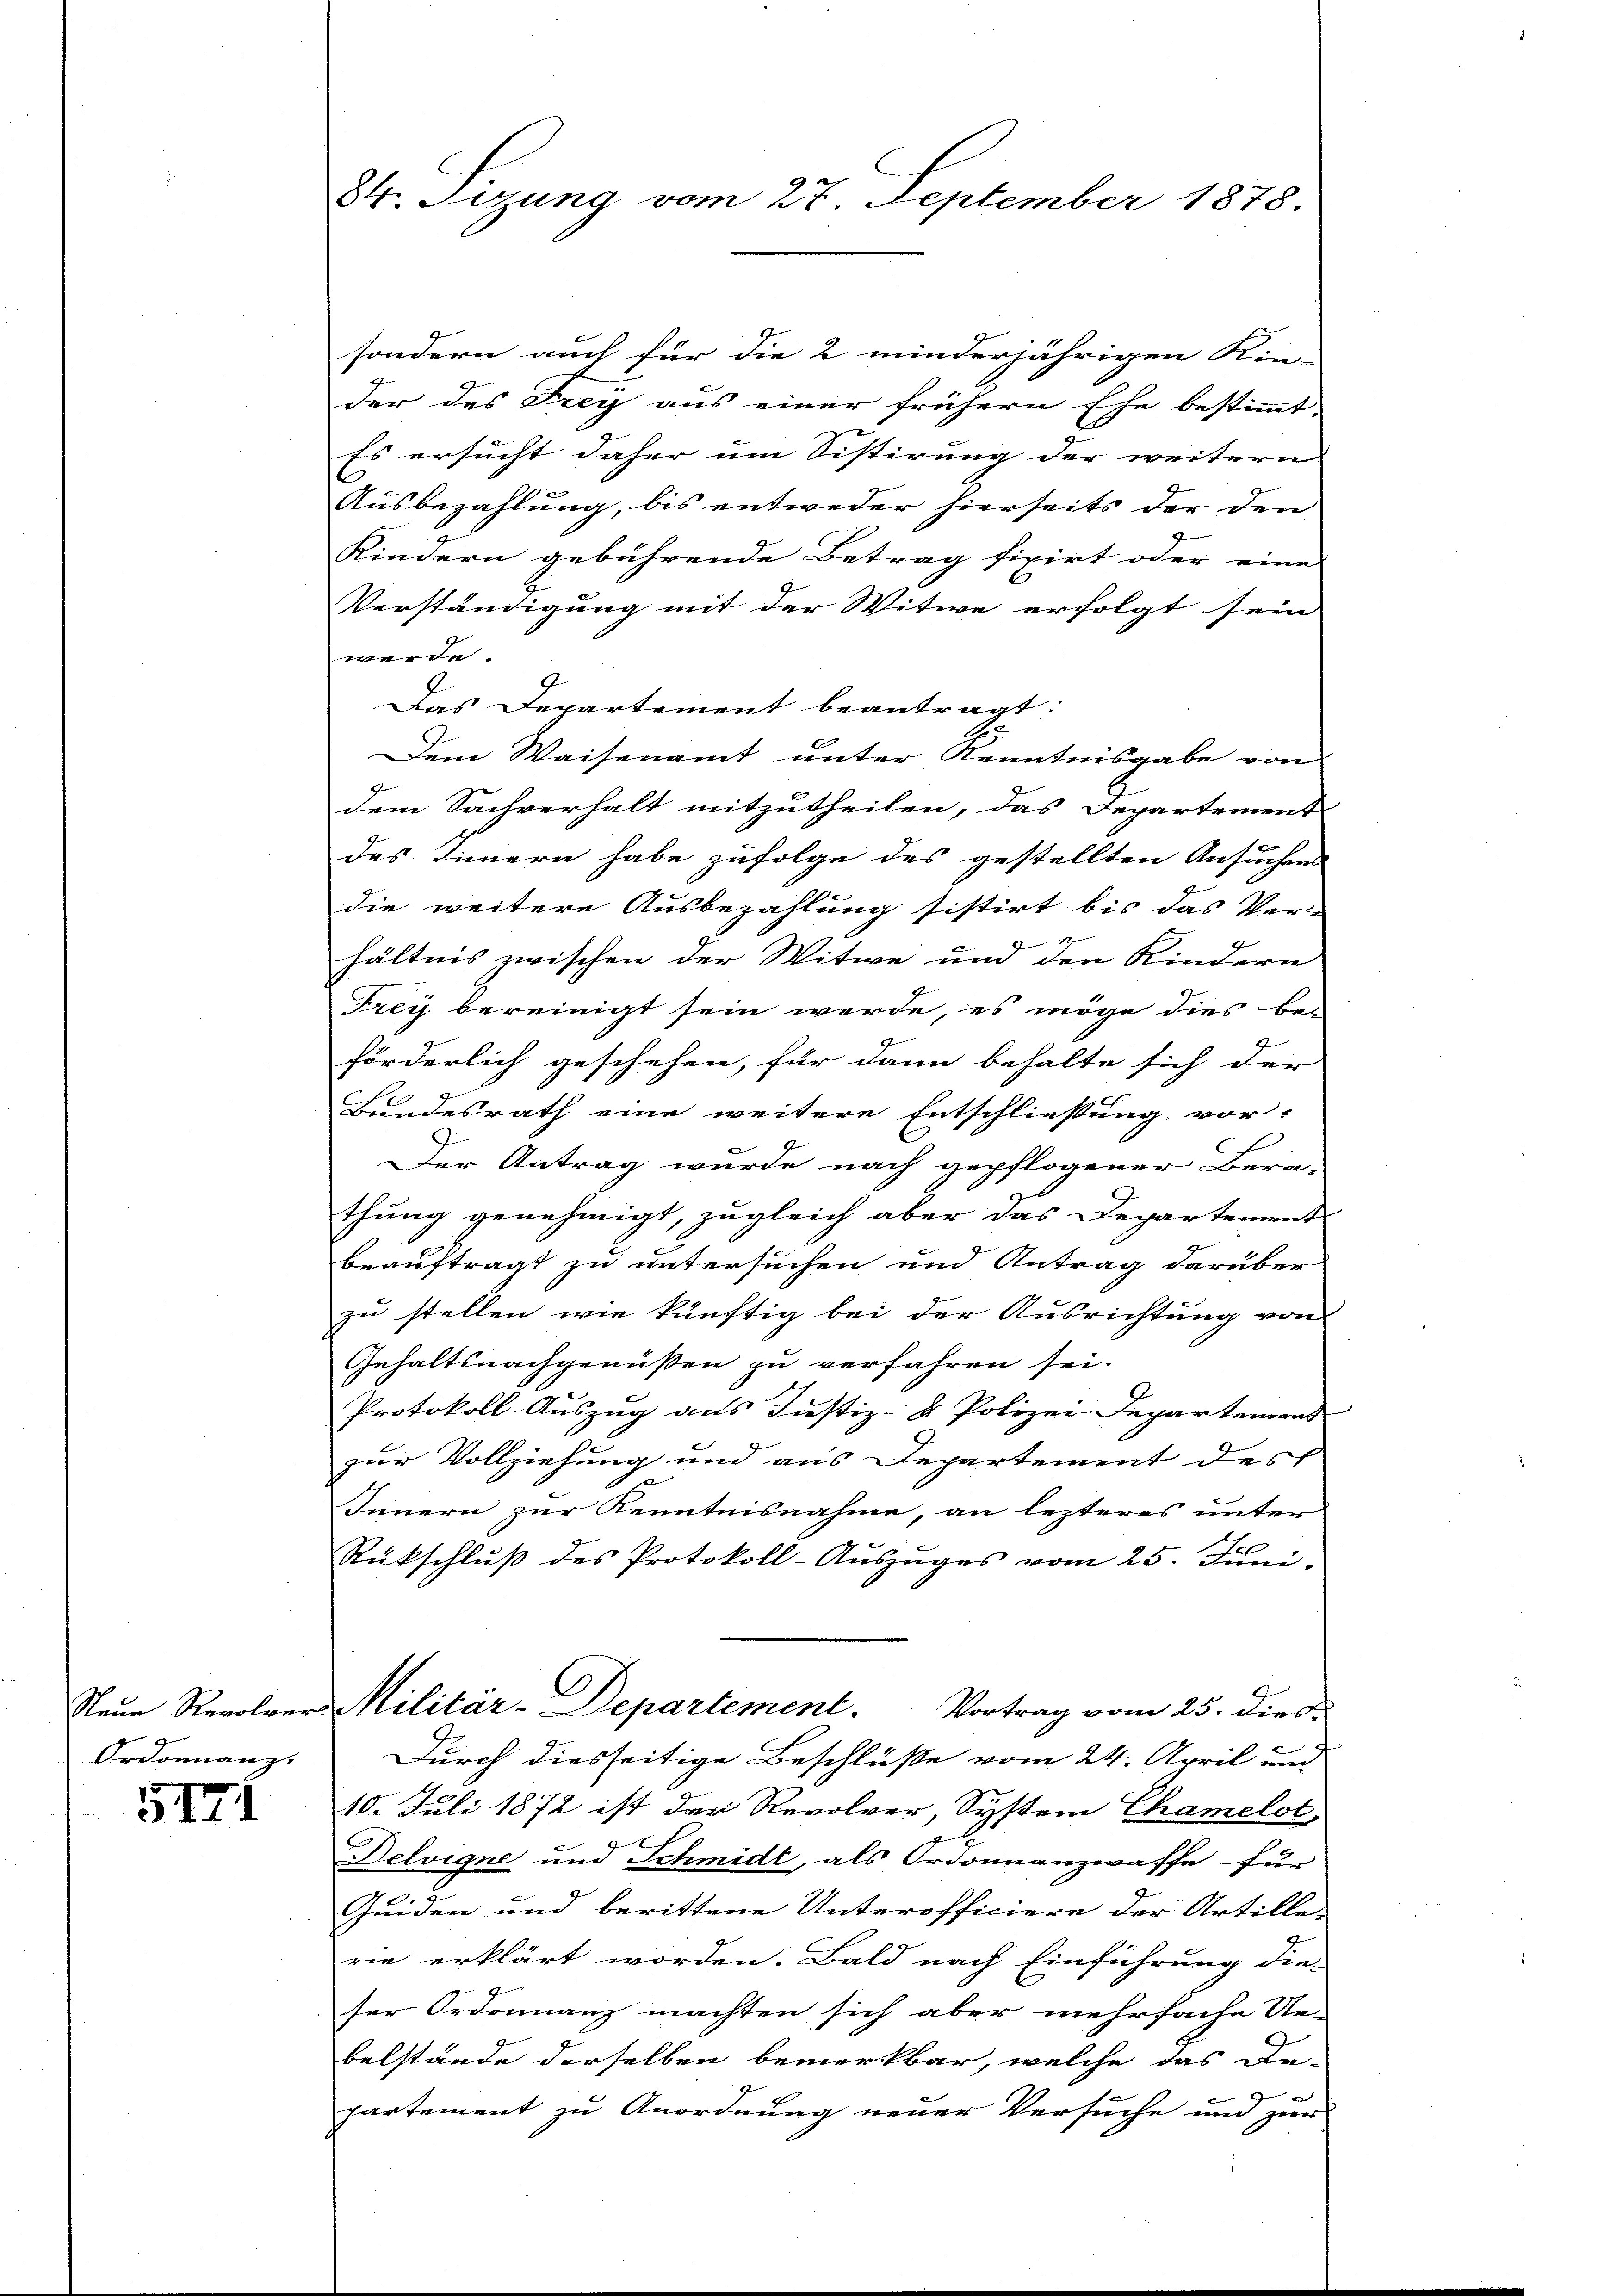
Ordonnanz

517

84. Sizung vom 27. September 1878.

sondern auch für die 2 minderjährigen Kin-
der des Frey aus einer frühern Ehe bestimmt,
Es ersucht daher um Sistirung der weitern |
Ausbezahlung, bis entweder hierseits der den
Kindern gebührende Betrag fixirt oder eine
Verständigung mit der Witwe erfolgt sein
werde.
Das Departement beantragt:
2
Dem Waisenamt unter Kenntnisgabe von
dem Sachverhalt mitzutheilen, das Departement
des Liniern habe zufolge des gestellten Ansuchens
F
die weitere Ausbezahlung sistirt bis das Ver
i
F
hältnis zwischen der Witwe und den Kindern
Frey bereinigt sein werde, es möge dies be-
förderlich geschehen, für dann behalte sich der
Bundesrath eine weitere Entschliessung vor-
G
Der Antrag wurde nach gepflogener Bera-
thung genehmigt, zugleich aber das Departement
beauftragt zu untersuchen und Antrag darüber
zu stellen wie künftig bei der Ausrichtung von
Gehaltsnachgenüssen zu verfahren sei.
Protokoll-Auszug aus Justiz- & Polizei-Departement
zur Vollziehung und aus Departement des
Innern zur Kenntnisnahme, an lezteres unter
Rückschluß des Protokoll-Auszuges vom 25. Juni
C
Neue Revolver Militär-Departement.
Vortrag vom 25. dies
Durch diesseitige Beschlüsse vom 24. April und
10. Juli 1872 ist der Revolver, System Chamelot,
Delvigne und Schmidt, als Ordonnanzwaffe für
Geiden und berittene Unterofficiere der Artille
rie erklärt worden. Bald nach Einführung die-
ser Ordonnanz machten sich aber mehrfache Ue-
belstände derselben bemerkbar, welche das De-
partement zu Anordnung neuer Versuche und zur